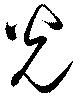
光